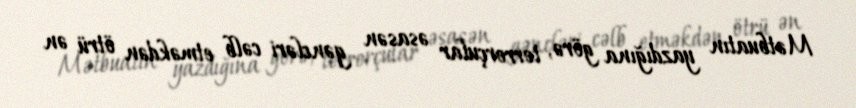
Mətbuatın yazdığına görə, terrorçular əsasən gəncləri cəlb etməkdən ötrü ən